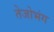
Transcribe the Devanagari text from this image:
तेजोभंग